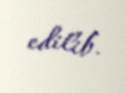
edilib.